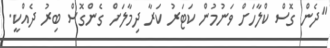
"ދެން ގޮސް ކްލާހަށް ވަނުމުން ކަޓަރު ކަރާ ދިމާލަށް ގެންގޮސް ބިރު ދެއްކީ.